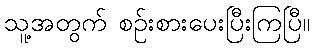
သူ့အတွက် စဉ်းစားပေးပြီးကြပြီ။